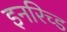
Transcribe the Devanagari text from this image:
इनरिच्ड